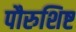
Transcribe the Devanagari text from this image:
पौरुशिष्ट